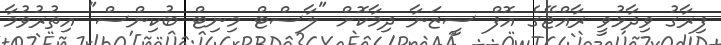
ފިރާގު ވިދާޅުވީ ރާއްޖޭގެ އޮފް ސީޒަނާ ދިމާކޮށް "ލާސްޓް މިނިޓް ބުކިންސް" އިތުރުވުމާ